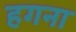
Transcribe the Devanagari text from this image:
हगना